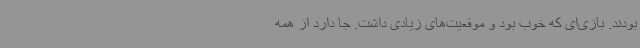
بودند. بازی‌ای که خوب بود و موقعیت‌های زیادی داشت. جا دارد از همه